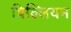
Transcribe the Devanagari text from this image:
व़िल्लियम